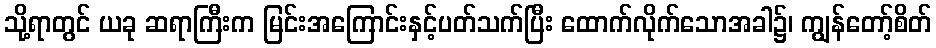
သို့ရာတွင် ယခု ဆရာကြီးက မြင်းအကြောင်းနှင့်ပတ်သက်ပြီး ထောက်လိုက်သောအခါ၌၊ ကျွန်တော့်စိတ်